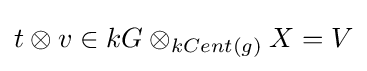
t\otimes v\in kG\otimes _{kCent(g)}X=V